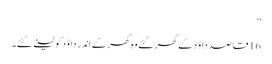
”
16 قاصد داؤد کے گھر گئے وہ گھر کے اندر داؤد کو لینے گئے۔